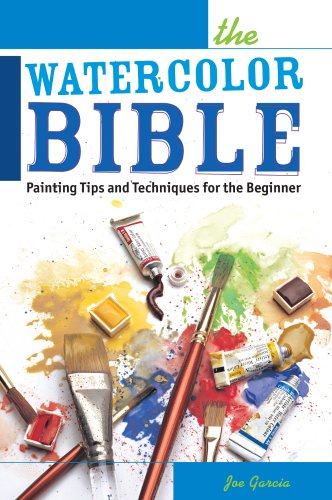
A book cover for The Watercolor Bible: Painting Tips and Techniques for the Beginner; Joe Garcia; Arts & Photography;